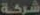
شركة